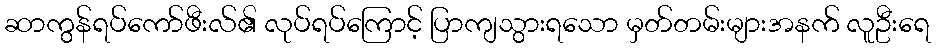
ဆာကွန်ရပ်ကော်ဖီးလ်၏ လုပ်ရပ်ကြောင့် ပြာကျသွားရသော မှတ်တမ်းများအနက် လူဦးရေ